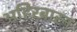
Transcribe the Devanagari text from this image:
अहिरबारन